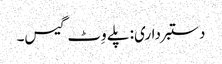
دستبرداری: پلے وِٹ گیس۔